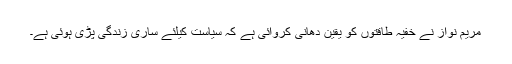
مریم نواز نے خفیہ طاقتوں کو یقین دھانی کروائی ہے کہ سیاست کیلئے ساری زندگی پڑی ہوئی ہے۔